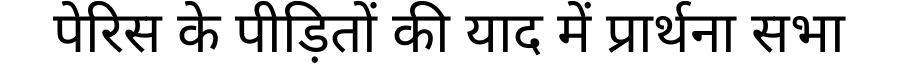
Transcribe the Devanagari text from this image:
पेरिस के पीड़ितों की याद में प्रार्थना सभा